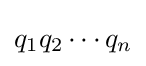
q_{1}q_{2}\cdots q_{n}